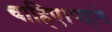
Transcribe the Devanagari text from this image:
चाहिए।पहले